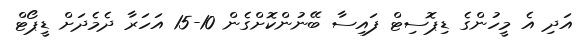
އަދި އެ މީހުންގެ ޑިޕޮސިޓް ފައިސާ ބޭނުންކޮށްގެން 10-15 އަހަރާ ދެމެދަށް ޑީޕޯޓް